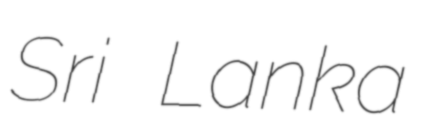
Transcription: Sri Lanka